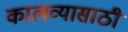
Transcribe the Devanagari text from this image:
कालव्यासाठी